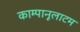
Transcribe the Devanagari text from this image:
काम्पानूलाटम